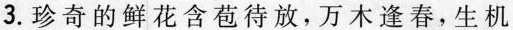
3.珍奇的鲜花含苞待放，万木逢春，生机